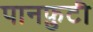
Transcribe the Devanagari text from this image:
पानफ़ुटी